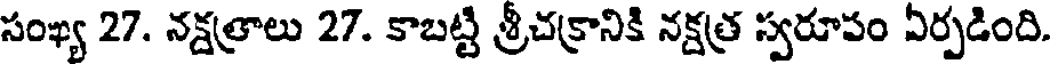
సంఖ్య 27. నక్షత్రాలు 27. కాబట్టి శ్రీచక్రానికి నక్షత్ర స్వరూపం ఏర్పడింది.